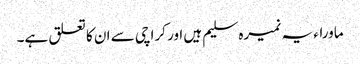
ماوراء یہ نمیرہ سلیم ہیں اور کراچی سے ان کا تعلق ہے۔